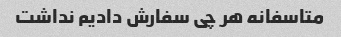
متاسفانه هر چی سفارش دادیم نداشت ‌